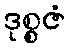
ဒုစ္စဇံ